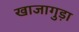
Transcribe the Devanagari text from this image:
खाजागुड़ा